Vaccine operations Central Provinces 1900-1911 - 1900-1911
Year: 1900
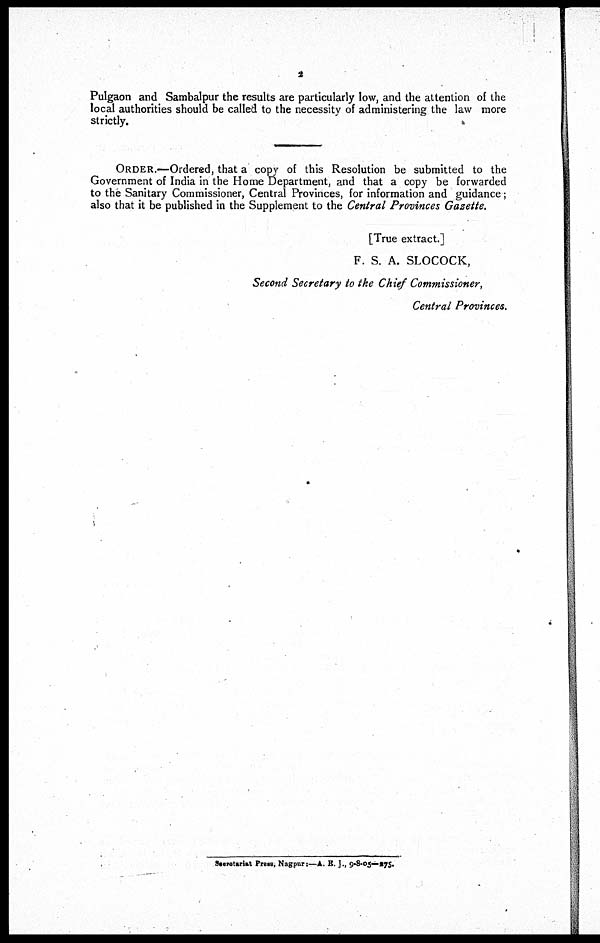
2
Pulgaon and Sambalpur the results are particularly low, and the attention of the
local authorities should be called to the necessity of administering the law more
strictly.
ORDER.—Ordered, that a copy of this Resolution be submitted to the
Government of India in the Home Department, and that a copy be forwarded
to the Sanitary Commissioner, Central Provinces, for information and guidance;
also that it be published in the Supplement to the Central Provinces Gazette.
[True extract.]
F. S. A. SLOCOCK,
Second Secretary to the Chief Commissioner,
Central Provinces.
Secretariat Press, Nagpur:—A. E. J., 9-8-05—275.